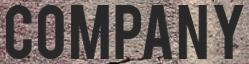
COMPANY